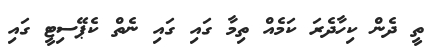
ތީ ދެން ކިހާދެރަ ކަމެއް ތިމާ ގައި ގައި ނެތް ކެޕޭސިޓީ ގައި